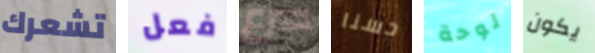
تشعرك فعل صرع حسنا لوحة يكون